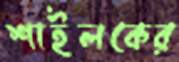
শাইলকের